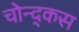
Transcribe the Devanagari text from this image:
चोन्द्कस